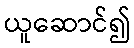
ယူဆောင်၍